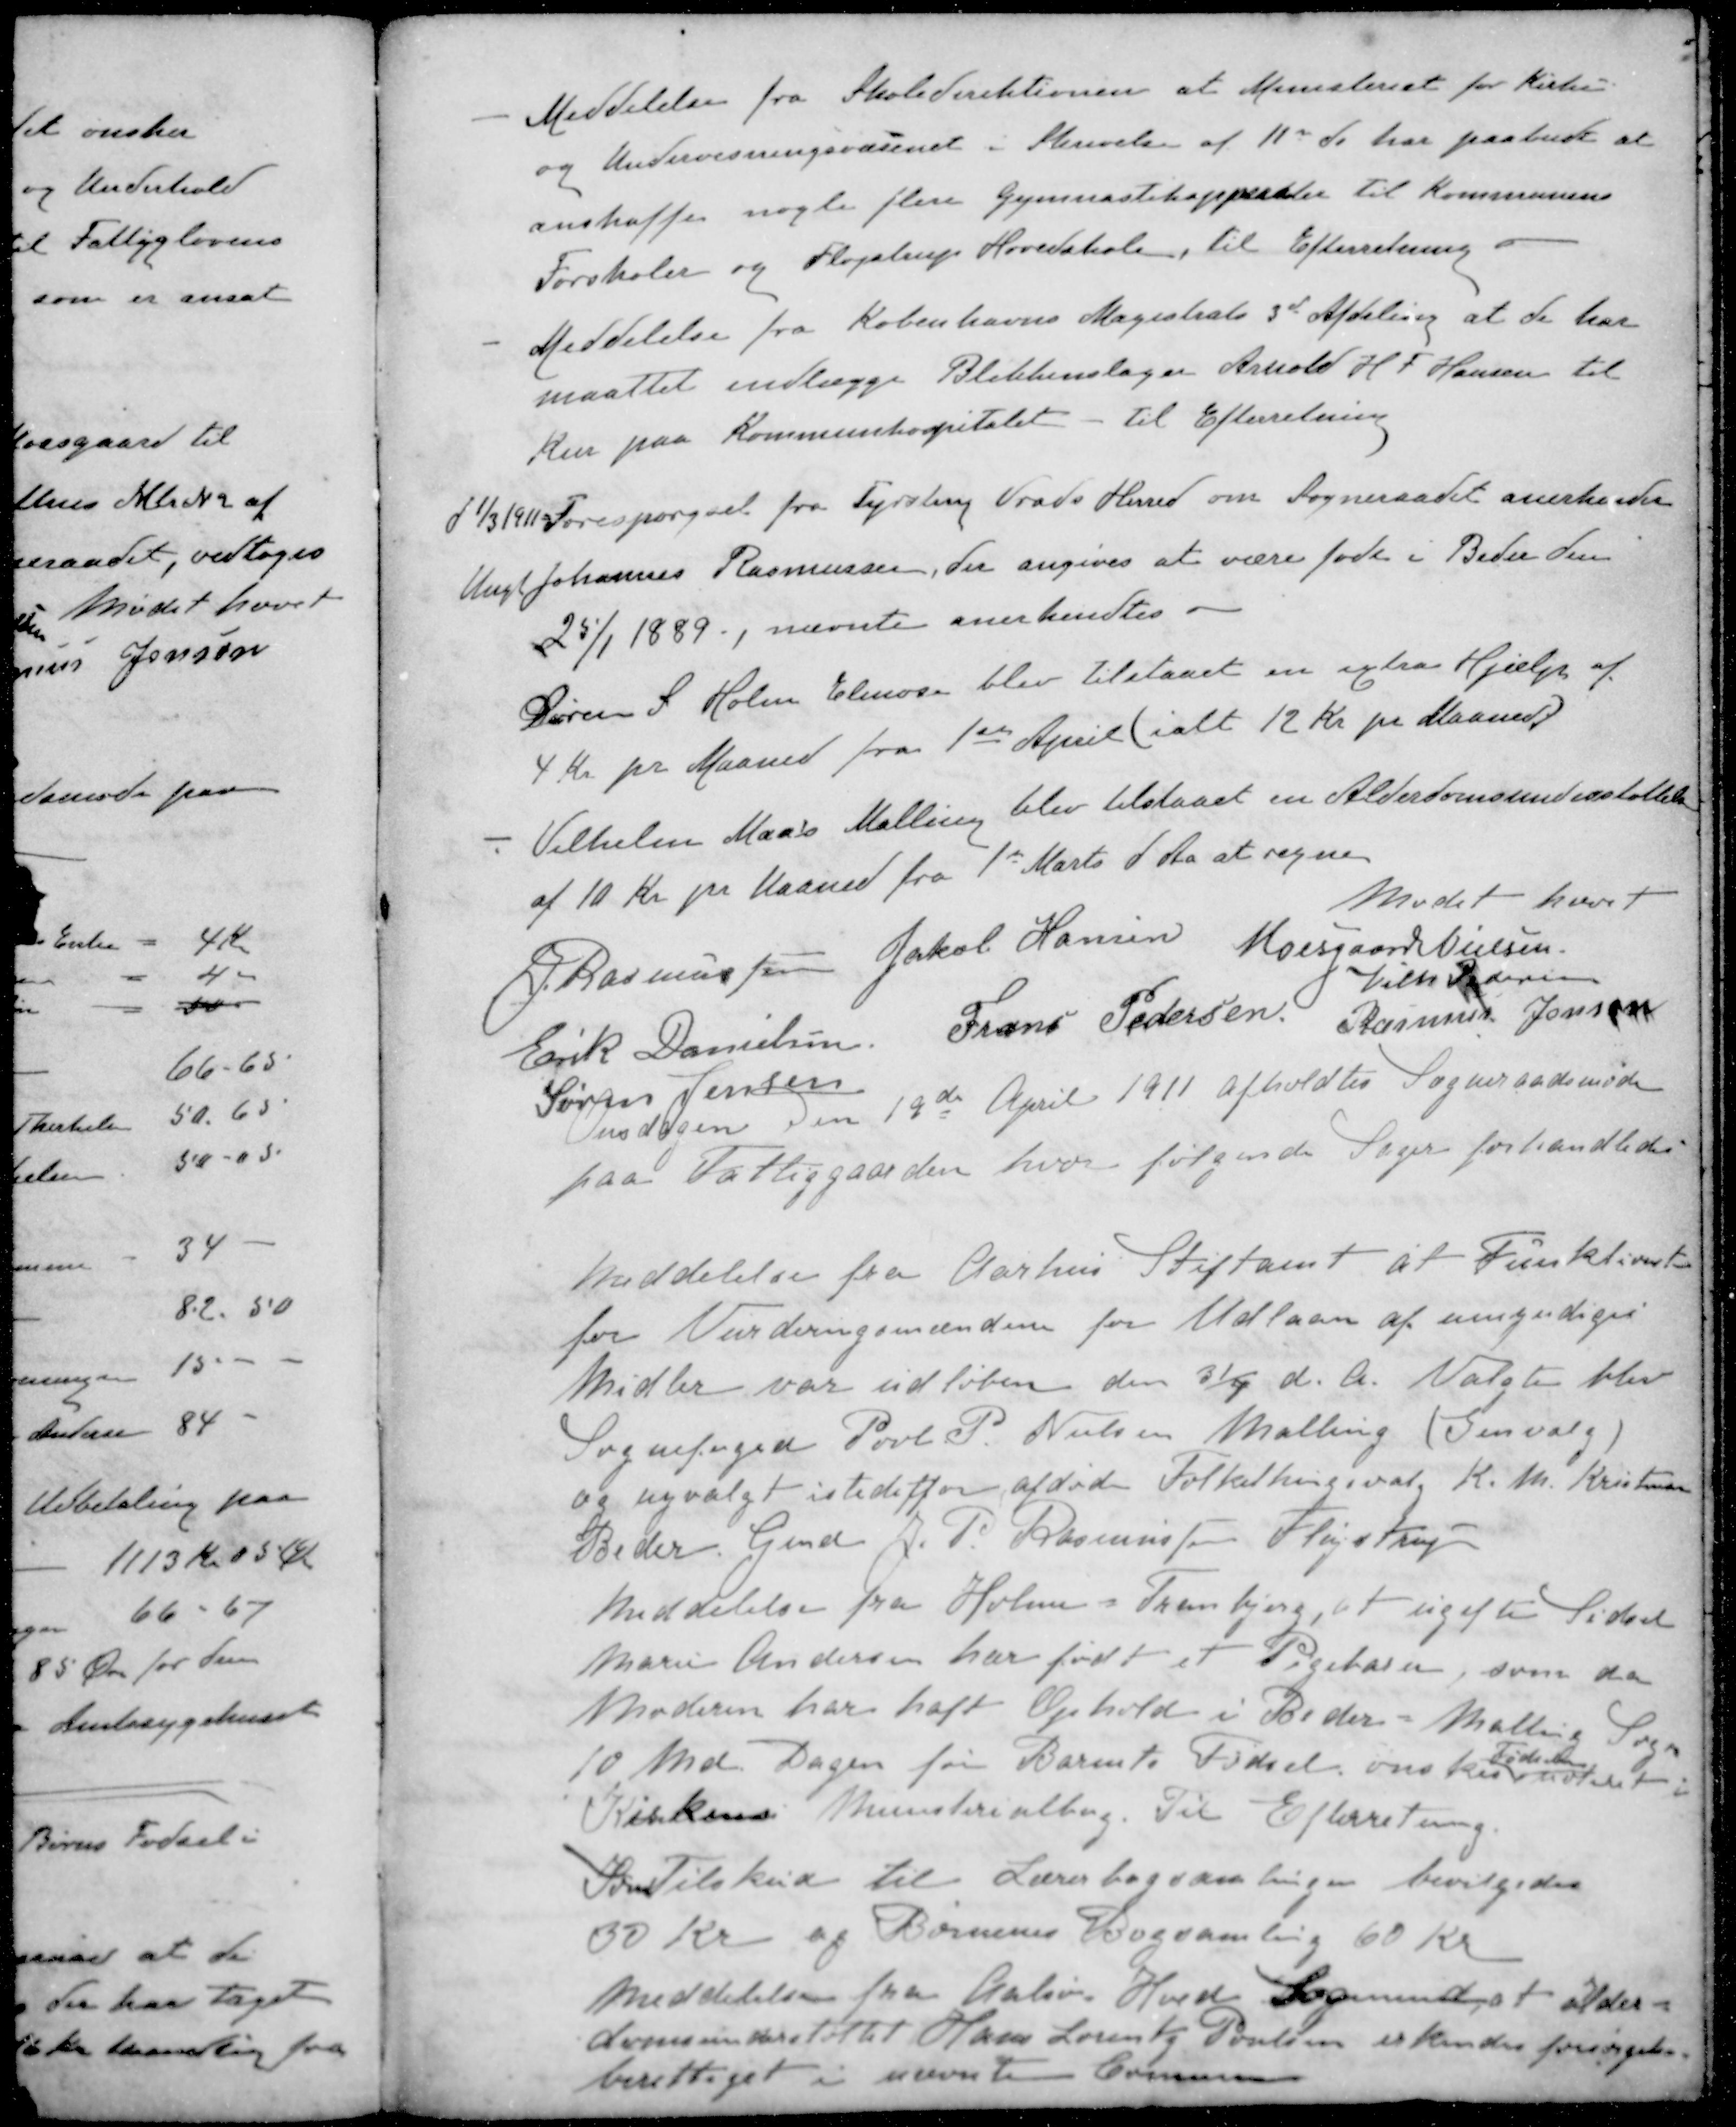
Transskription:
- Meddelelse fra Skoledirektionen at Ministeriet for Kirke
og Undervisningsvæsenet i Skrivelse af 11 ds har paabudt at
anskaffe nogle flere Gymnastikapperater til Kommunens
Forskoler og Fløjstrup Hovedskole, til Efterretning.
- Meddelelse fra Københavns Magistrats 3de Afdeling at de har
maattet indlægge Blikkenslager Arhold H. F. Hansen til
Kur paa Kommunehospitalet - til Efterretning
d1/3 1911 Forespørgsel fra Tyrsting Vrads Herred om Sogneraadet anerkender
Ungk Johannes Rasmussen, der angives at være født i Beder den
25/1 1889, nævnte anerkendtes
Søren S. Holm Elmose blev tilstaaet en extra Hjælp af
4 Kr pr Maaned fra 1ste April (ialt 12 Kr pr Maaned)
- Vilhelm Maals Malling blev tilstaaet en Alderdomsunderstøttelse
af 10 Kr pr Maaned fra 1st Marts d. Aa at regne
Mødet hævet
J Rasmussen
Jakob Hansen
Moesgaard Nielsen
Vilh Pedersen
Erik Danielsen
Frans Pedersen
Rasmus Jensen
Søren Jensen
Onsdagen den 19de April 1911 afholdtes Sogneraadsmøde
paa Fattiggaarden hvor følgende Sager forhandledes
Meddelelse fra Aarhus Stiftamt at Funktion
for Vurderingsmændene for Udlaan af umyndiges
Midler var udløben den 31/7 d. A. Valgte blev
Sognefoged Poul P. Nielsen Malling (Genvalg)
og nyvalgt istedetfor afdøde Folkethingsvalg K. Th. Kristensen
Beder Gmd J. T. Rasmussen Fløjstrup
Meddelelse fra Holme - Tranbjerg, at ugifte Sidsel
Marie Andersen har født et Pigebarn, som da
Moderen har haft Ophold i Beder-Malling Sogn
Fødslen
10 Md. Dagen for Barnets Fødsel ønskes indført i
Kirkens Ministerialborg. Til Efterretning.
Som Tilskud til Lærerbogsamlingen bevilgedes
30 Kr og Bornenes Fogsamling 60 Kr
Meddelelse fra Aalsø. Hoed Sogneraad, at alder-
domsunderstøttet Hans Lorents Poulsen erkendes forsørgelses-
berettiget i nævnte Commune